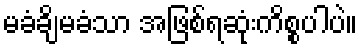
မခံချိမခံသာ အဖြစ်ရဆုံးကိစ္စပါပဲ။